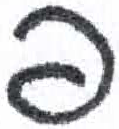
אות: פ